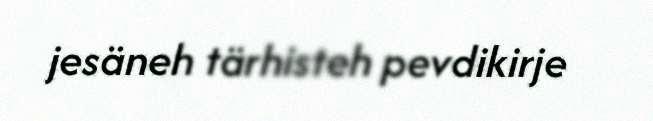
jesäneh tärhisteh pevdikirje